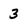
Character: 3